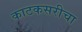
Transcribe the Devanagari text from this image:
काटकसरीचा